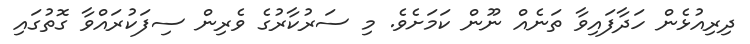
ދިރިއުޅެން ހަދާފައިވާ ތަނެއް ނޫން ކަމަށެވެ. މި ސަރުކާރުގެ ވެރިން ސިފަކުރައްވާ ގޮތުގައި